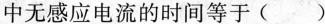
中无感应电流的时间等于( )